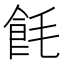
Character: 𬲎